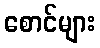
စောင်များ